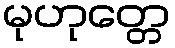
မုဟုတ္တေ